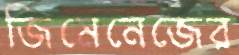
জিমেনেজের